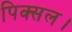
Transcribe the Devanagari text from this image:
पिक्सल।